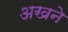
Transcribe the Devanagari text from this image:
अखने